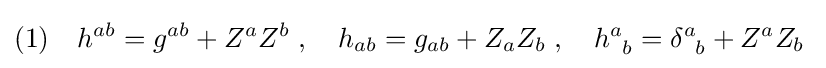
(1)\quad h^{ab}=g^{ab}+Z^{a}Z^{b}\;,\quad h_{ab}=g_{ab}+Z_{a}Z_{b}\;,\quad h_{\;\;b}^{a}=\delta _{\;\;b}^{a}+Z^{a}Z_{b}\;